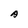
Character: A